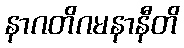
နာဂတိဂမနာနီတိ